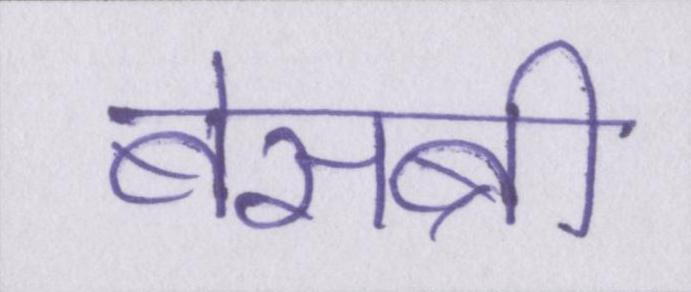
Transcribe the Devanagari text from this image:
बेसब्री